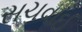
સચવાઈ